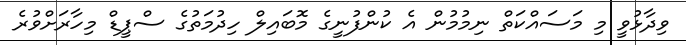
ވިދާޅުވީ މި މަސައްކަތް ނިމުމުން އެ ކުންފުނީގެ މޮބައިލް ހިދުމަތުގެ ސްޕީޑް މިހާރަށްވުރެ